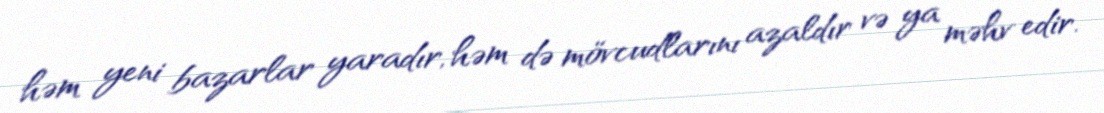
həm yeni bazarlar yaradır, həm də mövcudlarını azaldır və ya məhv edir.